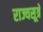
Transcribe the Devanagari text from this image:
राज्यसूत्रे